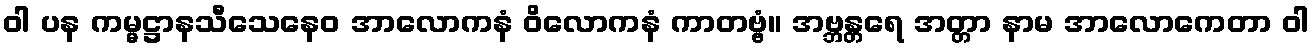
ဝါ ပန ကမ္မဋ္ဌာနသီသေနေဝ အာလောကနံ ဝိလောကနံ ကာတဗ္ဗံ။ အဗ္ဘန္တရေ အတ္တာ နာမ အာလောကေတာ ဝါ